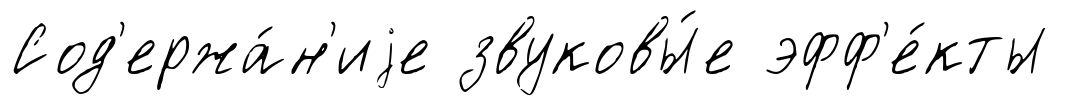
Сод'ержа́н'иjе звуковы́е эфф'е́кты